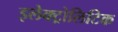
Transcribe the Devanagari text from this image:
इलेक्ट्रोलिटिक